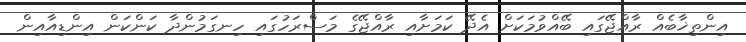
އިންތިޚާބެއް ރާއްޖޭގައި ބޭއްވުމަކަށް އެދޭ ކަމަށާއި ރާއްޖޭގެ މަސްރަހުގައި ހިނގަމުންދާ ކަންކަން އިންޑިއާއިން